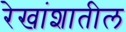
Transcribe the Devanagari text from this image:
रेखांशातील